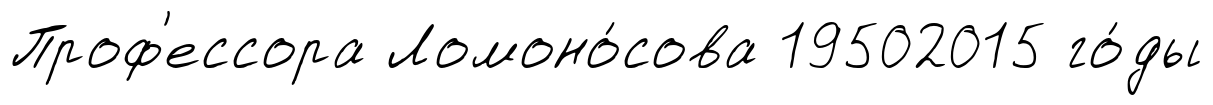
Проф'ессора Ломоно́сова 19502015 го́ды